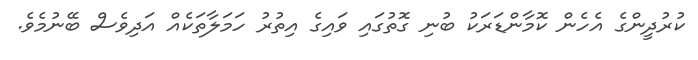
ކުރުދީންގެ އެހެން ކޮމާންޑަރަކު ބުނި ގޮތުގައި ވައިގެ އިތުރު ހަމަލާތަކެއް އަދިވެސް ބޭނުމެވެ.